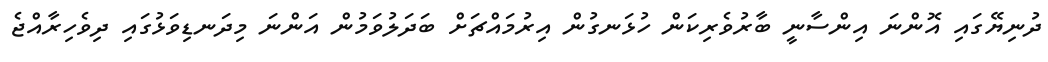
ދުނިޔޭގައި އޮންނަ އިންސާނީ ބާރުވެރިކަން ހުޅަނގުން އިރުމައްޗަށް ބަދަލުވަމުން އަންނަ މިދަނޑިވަޅުގައި ދިވެހިރާއްޖެ